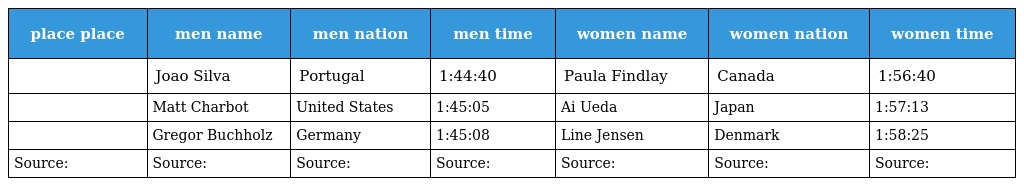
| place place | men name | men nation | men time | women name | women nation | women time |
 | --- | --- | --- | --- | --- | --- | --- |
 |  | Joao Silva | Portugal | 1:44:40 | Paula Findlay | Canada | 1:56:40 |
 |  | Matt Charbot | United States | 1:45:05 | Ai Ueda | Japan | 1:57:13 |
 |  | Gregor Buchholz | Germany | 1:45:08 | Line Jensen | Denmark | 1:58:25 |
 | Source: | Source: | Source: | Source: | Source: | Source: | Source: |